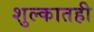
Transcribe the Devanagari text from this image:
शुल्कातही